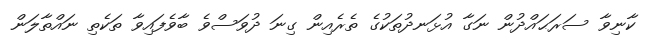
ކާނިވާ ސަރަޙައްދުން ނަގާ އުޅަނދުތަކުގެ ތެރެއިން ގިނަ ދުވަސްވެ ބާވެފައިވާ ތަކެތި ނައްތާލަން